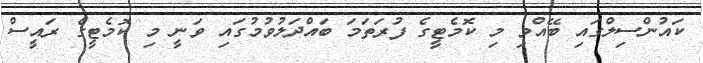
ކައުންސިލްގައި ބޭއްވި މި ކޮމެޓީގެ ފުރަތަމަ ބައްދަލުވުމުގައި ވަނީ މި ކޮމެޓީގެ ރައީސް